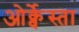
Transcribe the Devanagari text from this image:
ओर्क्वेस्ता